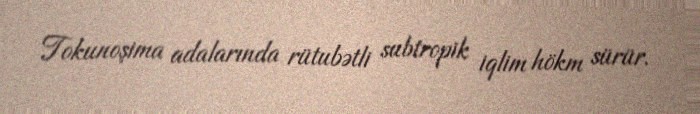
Tokunoşima adalarında rütubətli subtropik iqlim hökm sürür.